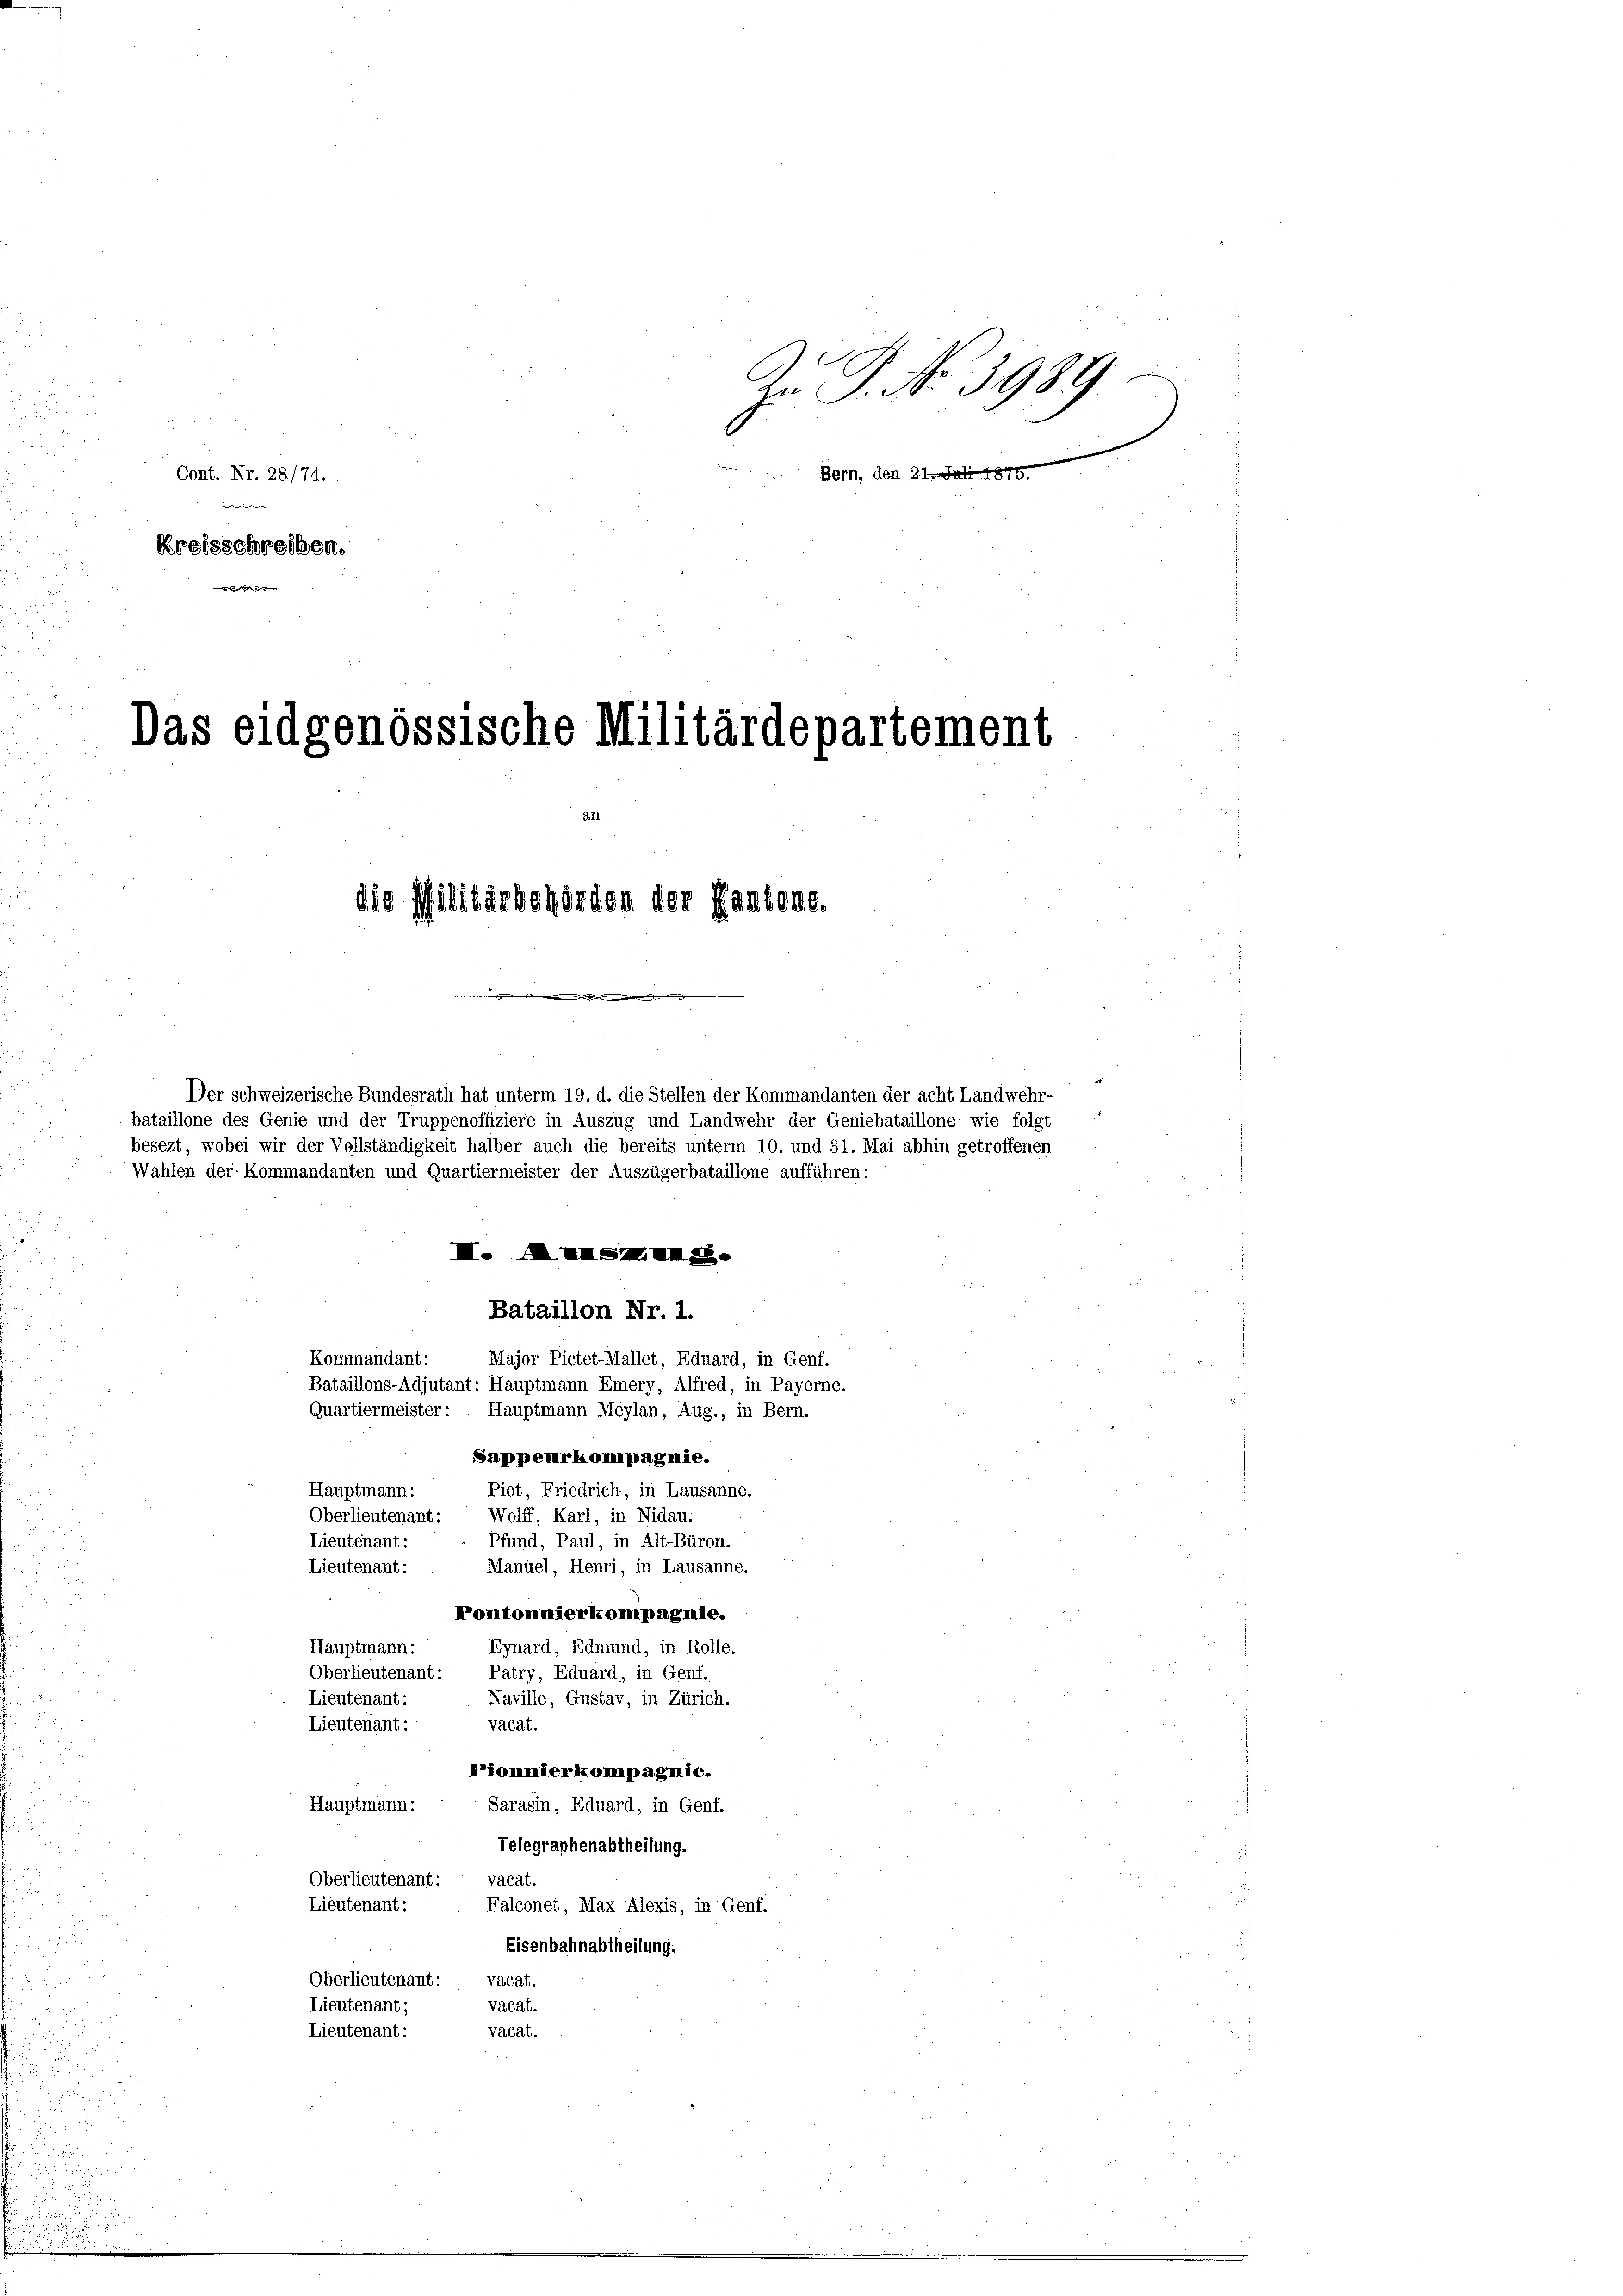
a

Trauri
Cont. Nr. 28. 74.
in- |
Kreisschreiben.

d
.
n

Das eidgenössische Militärdepartement
an
die Militärbehörden der Kantone.

Bern, den 21. Juli 1875.

Der schweizerische Bundesrath hat unterm 19. d. die Stellen der Kommandanten der acht Landwehr-
bataillone des Genie und der Truppenoffiziere in Auszug und Landwehr der Geniebataillone wie folgt
besezt, wobei wir der Vollständigkeit halber auch die bereits unterm 10. und 31. Mai abhin getroffenen
Wahlen der Kommandanten und Quartiermeister der Auszügerbataillone aufführen:
I. Anm.
Bataillon Nr. 1.
Kommandant:
Major Pictet-Mallet, Eduard, in Genf.
Bataillons-Adjutant: Hauptmann Emery, Alfred, in Payerne.
Quartiermeister: Hauptmann Meylan, Aug., in Bern.
Sappeurkompagnie.
Hauptmann:
Piot, Friedrich, in Lausanne.
Oberlieutenant:
Wolff, Karl, in Nidau.
Pfund, Paul, in Alt-Büron.
Lieutenant:
Manuel, Henri, in Lausanne.
Lieutenant:

u
Pontonnierkompagnie.
Hauptmann:
Eynard, Edmund, in Rolle.
i
Oberlieutenant: Patry, Eduard, in Genf.
Lieutenant:
Naville, Gustav, in Zürich.

vacat.
Lieutenant:
Piomnierkompagnie.

2
Hauptmann:
Sarasin, Eduard, in Genf.
Telegraphenabtheilung.
Oberlieutenant:
vacat.
d
Lieutenant:
Falconet, Max Alexis, in Genf.
u
e
u
Eisenbahnabtheilung.
Oberlieutenant: vacat.
vacat.
Lieutenant;
vacat.
Lieutenant:

u
u

zn P. Nr. 3988